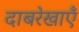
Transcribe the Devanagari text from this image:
दाबरेखाएँ